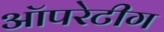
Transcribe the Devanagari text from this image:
ऑपरेटीग